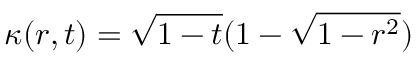
\kappa ( r , t ) = \sqrt { 1 - t } ( 1 - \sqrt { 1 - r ^ { 2 } } )